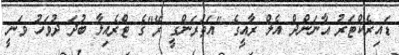
ޑައިރެކްޓަރު އާނަންދް އެލް ރާއީގެ "އަތުރަންގީ ރޭ"ގެ ޓްރެއިލާ ބުދަ ދުވަހު ވަނީ